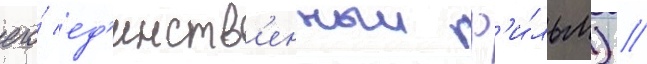
его́ ед'инств'енныи ф'и́льм) //